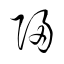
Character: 歸